Report of the Indian Hemp Drugs Commission, 1894-1895 - Volume IV
Year: 1894
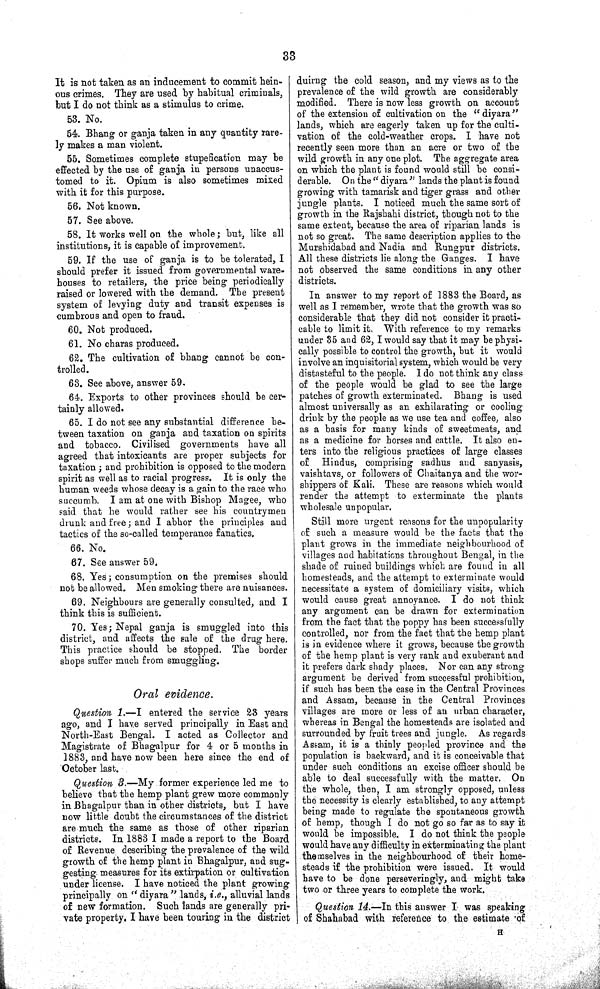
33
It is not taken as an inducement to commit hein-
ous crimes. They are used by habitual criminals,
but I do not think as a stimulus to crime.
53. No.
54. Bhang or ganja taken in any quantity rare-
ly makes a man violent.
55. Sometimes complete stupefication may be
effected by the use of ganja in persons unaccus-
tomed to it. Opium is also sometimes mixed
with it for this purpose.
56. Not known.
57. See above.
58. It works well on the whole; but, like all
institutions, it is capable of improvement.
59. If the use of ganja is to be tolerated, I
should prefer it issued from governmental ware-
houses to retailers, the price being periodically
raised or lowered with the demand. The present
system of levying duty and transit expenses is
cumbrous and open to fraud.
60. Not produced.
61. No charas produced.
62. The cultivation of bhang cannot be con-
trolled.
63. See above, answer 59.
64. Exports to other provinces should be cer-
tainly allowed.
65. I do not see any substantial difference be-
tween taxation on ganja and taxation on spirits
and tobacco. Civilised governments have all
agreed that intoxicants are proper subjects for
taxation; and prohibition is opposed to the modern
spirit as well as to racial progress. It is only the
human weeds whose decay is a gain to the race who
succumb. I am at one with Bishop Magee, who
said that he would rather see his countrymen
drunk and free; and I abhor the principles and
tactics of the so-called temperance fanatics.
66. No.
67. See answer 59.
68. Yes; consumption on the premises should
not be allowed. Men smoking there are nuisances.
69. Neighbours are generally consulted, and I
think this is sufficient.
70. Yes; Nepal ganja is smuggled into this
district, and affects the sale of the drug here.
This practice should be stopped. The border
shops suffer much from smuggling.
Oral evidence.
Question
1.—I
entered the service 23 years
ago, and I have served principally in East and
North-East Bengal. I acted as Collector and
Magistrate of Bhagalpur for 4 or 5 months in
1883, and have now been here since the end of
October
last.
Question 3.—My former experience led me to
believe that the hemp plant grew more commonly
in Bhagalpur than in other districts, but I have
now little doubt the circumstances of the district
are much the same as those of other riparian
districts. In 1883 I made a report to the Board
of Revenue describing the prevalence of the wild
growth of the hemp plant in Bhagalpur, and sug-
gesting measures for its extirpation or cultivation
under license. I have noticed the plant growing
principally on "diyara" lands, i.e., alluvial lands
of new formation. Such lands are generally pri-
vate property. I have been touring in the district
duirng the cold season, and my views as to the
prevalence of the wild growth are considerably
modified. There is now less growth on account
of the extension of cultivation on the
"diyara"
lands, which are eagerly taken up for the culti-
vation of the cold-weather crops. I have not
recently seen more than an acre or two of the
wild growth in any one plot. The aggregate area
on which the plant is found would still be consi-
derable. On the "diyara" lands the plant is found
growing with tamarisk and tiger grass and other
jungle plants. I noticed much the same sort of
growth in the Rajshahi district, though not to the
same extent, because the area of riparian lands is
not so great. The same description applies to the
Murshidabad and Nadia and Rungpur districts.
All these districts lie along the Ganges. I have
not observed the same conditions in any other
districts.
In answer to my report of 1883 the Board, as
well as I remember, wrote that the growth was so
considerable that they did not consider it practi-
cable to limit it. With reference to my remarks
under 35 and 62, I would say that it may be physi-
cally possible to control the growth, but it would
involve an inquisitorial system, which would be very
distasteful to the people. I do not think any class
of the people would be glad to see the large
patches of growth exterminated. Bhang is used
almost universally as an exhilarating or cooling
drink by the people as we use tea and coffee, also
as a basis for many kinds of sweetmeats, and
as a medicine for horses and cattle. It also en-
ters into the religious practices of large classes
of
Hindus, comprising sadhus and sanyasis,
vaishtavs, or followers of Chaitanya and the wor-
shippers of Kali. These are reasons which would
render the attempt to exterminate the plants
wholesale unpopular.
Still more urgent reasons for the unpopularity
of such a measure would be the facts that the
plant grows in the immediate neighbourhood of
villages and habitations throughout Bengal, in the
shade of ruined buildings which are found in all
homesteads, and the attempt to exterminate would
necessitate a system of domiciliary visits, which
would cause great annoyance. I do not think
any argument can be drawn for extermination
from the fact that the poppy has been successfully
controlled, nor from the fact that the hemp plant
is in evidence where it grows, because the growth
of the hemp plant is very rank and exuberant and
it prefers dark shady places. Nor can any strong
argument be derived from successful prohibition,
if such has been the case in the Central Provinces
and Assam, because in the Central Provinces
villages are more or less of an urban character,
whereas in Bengal the homesteads are isolated and
surrounded by fruit trees and jungle. As regards
Assam, it is a thinly peopled province and the
population is backward, and it is conceivable that
under such conditions an excise officer should be
able to deal successfully with the matter. On
the whole, then, I am strongly opposed, unless
the necessity is clearly established, to any attempt
being made to regulate the spontaneous growth
of hemp, though I do not go so far as to say it
would be impossible. I do not think the people
would have any difficulty in exterminating the plant
themselves in the neighbourhood of their home-
steads if the prohibition were issued. It would
have to be done perseveringly, and might take
two or three years to complete the work.
Question 14.—In this answer I was speaking
of Shahabad with reference to the estimate of
H